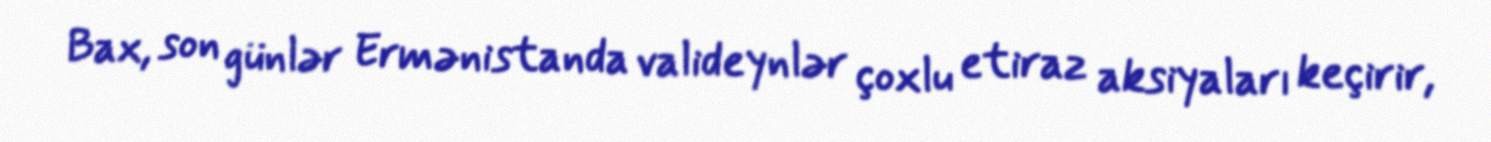
Bax, son günlər Ermənistanda valideynlər çoxlu etiraz aksiyaları keçirir,